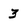
Character: 3